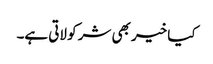
کیا خیر بھی شر کو لاتی ہے۔